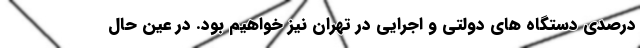
درصدی دستگاه های دولتی و اجرایی در تهران نیز خواهیم بود. در عین حال